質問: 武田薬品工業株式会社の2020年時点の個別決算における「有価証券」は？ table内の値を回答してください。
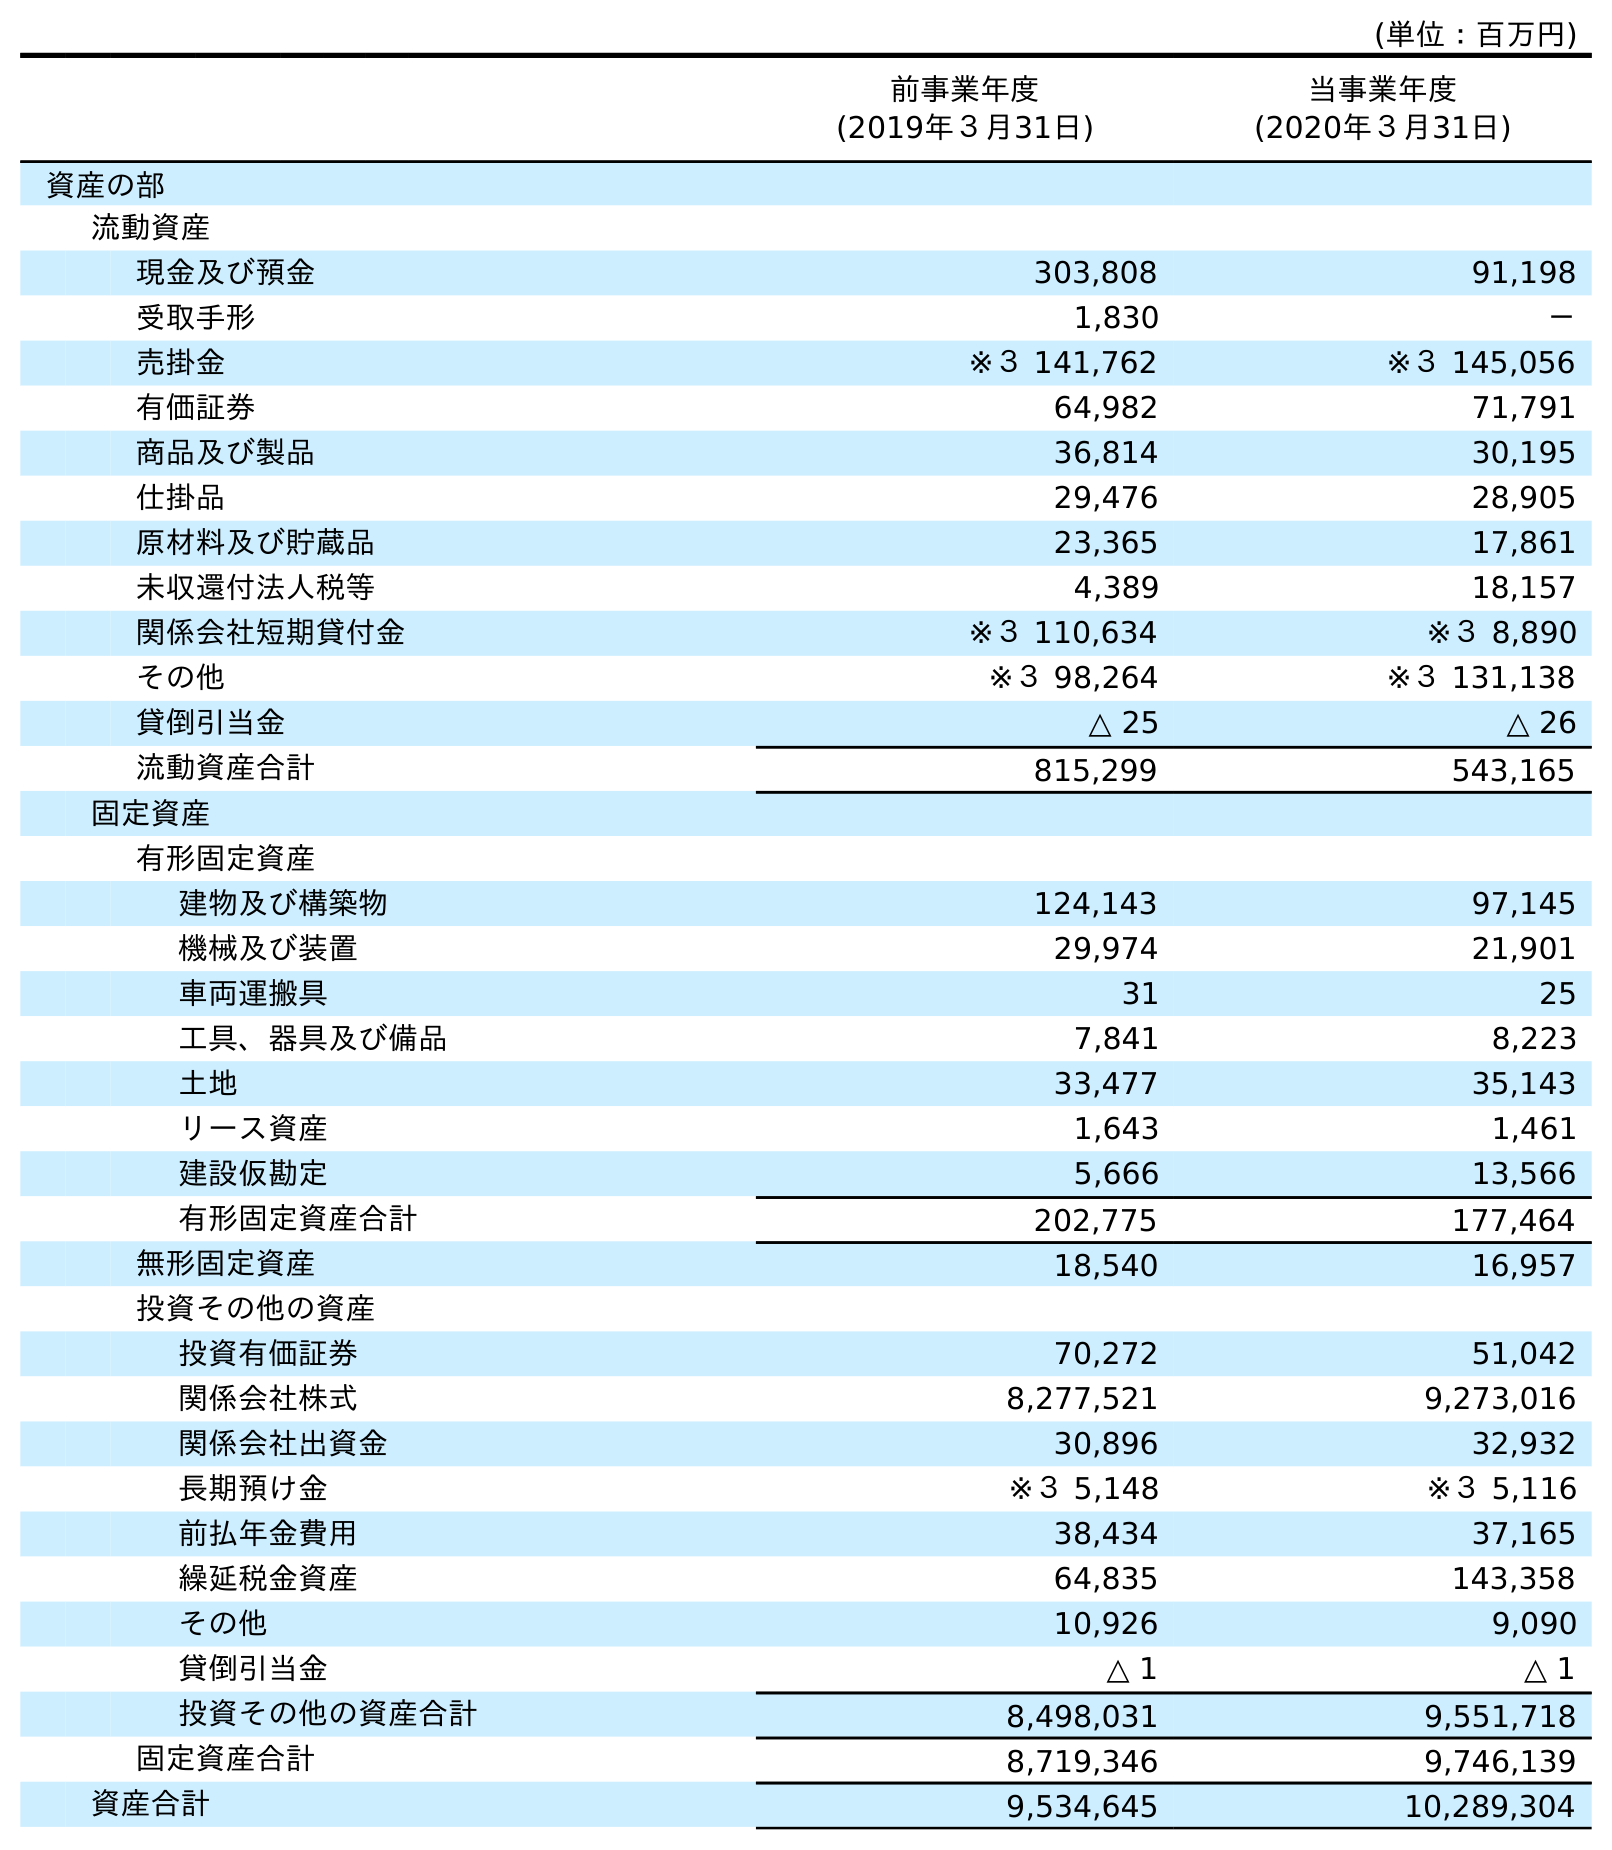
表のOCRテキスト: (単位：百万円) 前事業年度 (2019年３月31日) 当事業年度 (2020年３月31日) 資産の部 流動資産 現金及び預金 303,808 91,198 受取手形 1,830 － 売掛金 ※３ 141,762 ※３ 145,056 有価証券 64,982 71,791 商品及び製品 36,814 30,195 仕掛品 29,476 28,905 原材料及び貯蔵品 23,365 17,861 未収還付法人税等 4,389 18,157 関係会社短期貸付金 ※３ 110,634 ※３ 8,890 その他 ※３ 98,264 ※３ 131,138 貸倒引当金 △ 25 △ 26 流動資産合計 815,299 543,165 固定資産 有形固定資産 建物及び構築物 124,143 97,145 機械及び装置 29,974 21,901 車両運搬具 31 25 工具、器具及び備品 7,841 8,223 土地 33,477 35,143 リース資産 1,643 1,461 建設仮勘定 5,666 13,566 有形固定資産合計 202,775 177,464 無形固定資産 18,540 16,957 投資その他の資産 投資有価証券 70,272 51,042 関係会社株式 8,277,521 9,273,016 関係会社出資金 30,896 32,932 長期預け金 ※３ 5,148 ※３ 5,116 前払年金費用 38,434 37,165 繰延税金資産 64,835 143,358 その他 10,926 9,090 貸倒引当金 △ 1 △ 1 投資その他の資産合計 8,498,031 9,551,718 固定資産合計 8,719,346 9,746,139 資産合計 9,534,645 10,289,304
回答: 71,791